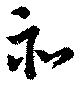
亦